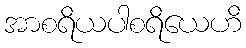
အာစရိယပါစရိယေဟိ